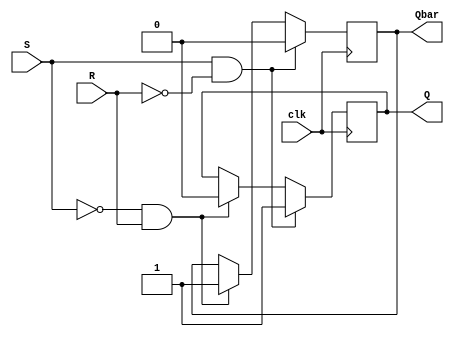
module sr_flipflop (
    input wire clk,
    input wire S,
    input wire R,
    output reg Q,
    output reg Qbar
    );

always @(posedge clk)
begin
    if(S & !R)       // Set condition
    begin
        Q <= 1'b1;
        Qbar <= 1'b0;
    end
    else if(!S & R)  // Reset condition
    begin
        Q <= 1'b0;
        Qbar <= 1'b1;
    end
end

endmodule